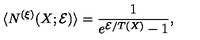
\langle N ^ { ( \xi ) } ( X ; { \cal E } ) \rangle = \frac { 1 } { e ^ { { \cal E } / T ( X ) } - 1 } ,